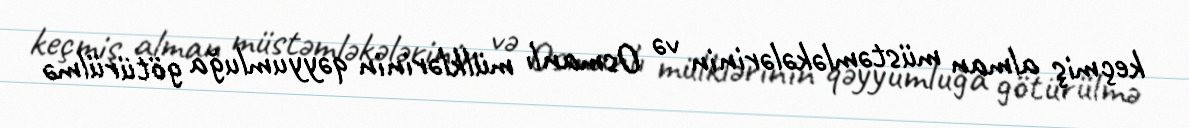
keçmiş alman müstəmləkələrinin və Osmanlı mülklərinin qəyyumluğa götürülmə